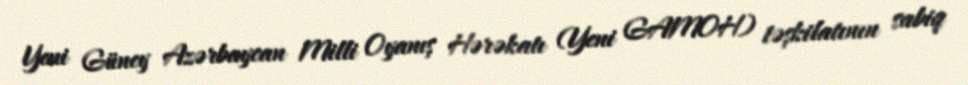
Yeni Güney Azərbaycan Milli Oyanış Hərəkatı (Yeni GAMOH) təşkilatının sabiq